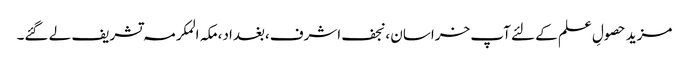
مزید حصولِ علم کے لئے آپ خراسان ،نجف اشرف،بغداد،مکہ المکرمہ تشریف لے گئے۔